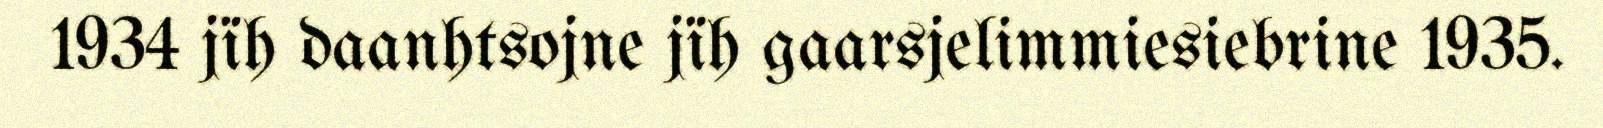
1934 jïh daanhtsojne jïh gaarsjelimmiesiebrine 1935.